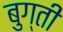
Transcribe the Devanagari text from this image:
बुग्ती